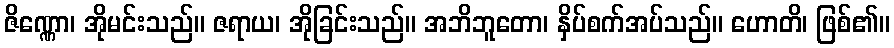
ဇိဏ္ဏော၊ အိုမင်းသည်။ ဇရာယ၊ အိုခြင်းသည်။ အဘိဘူတော၊ နှိပ်စက်အပ်သည်။ ဟောတိ၊ ဖြစ်၏။